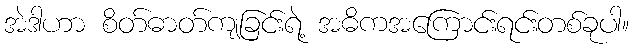
အဲဒါဟာ စိတ်ဓာတ်ကျခြင်းရဲ့ အဓိကအကြောင်းရင်းတစ်ခုပါ။